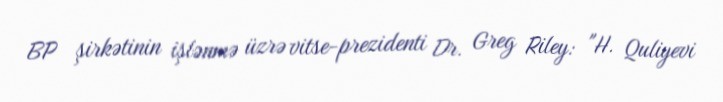
BP şirkətinin işlənmə üzrə vitse-prezidenti Dr. Greg Riley: "H. Quliyevi